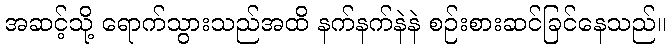
အဆင့်သို့ ရောက်သွားသည်အထိ နက်နက်နဲနဲ စဉ်းစားဆင်ခြင်နေသည်။